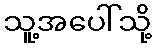
သူ့အပေါ်သို့